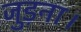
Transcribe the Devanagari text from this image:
जुड़ना।